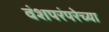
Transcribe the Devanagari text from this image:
वंशपरंपरेच्या